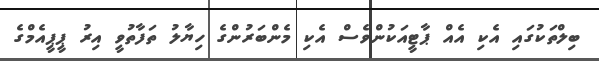
ބިލްތަކުގައި އެކި އެއް ޕާޓީއަކުންވެސް އެކި މެންބަރުންގެ ހިޔާލު ތަފާތުވީ އިރު ޕީޕީއެމްގެ